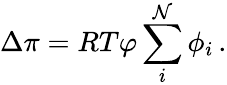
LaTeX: \Delta\pi=RT\varphi\sum_{i}^{\mathcal{N}}\phi_{i}\, .